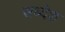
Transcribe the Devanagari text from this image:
सब्देश